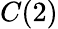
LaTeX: C(2)